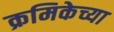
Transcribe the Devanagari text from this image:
क्रमिकेच्या